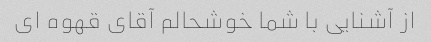
از آشنایی با شما خوشحالم آقای قهوه ای